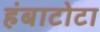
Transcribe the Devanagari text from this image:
हंबाटोटा